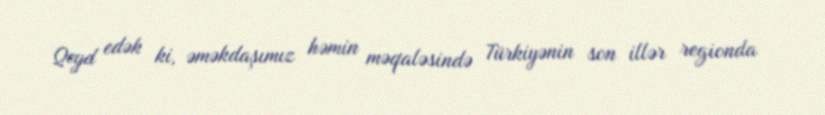
Qeyd edək ki, əməkdaşımız həmin məqaləsində Türkiyənin son illər regionda